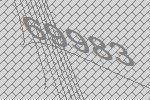
69983